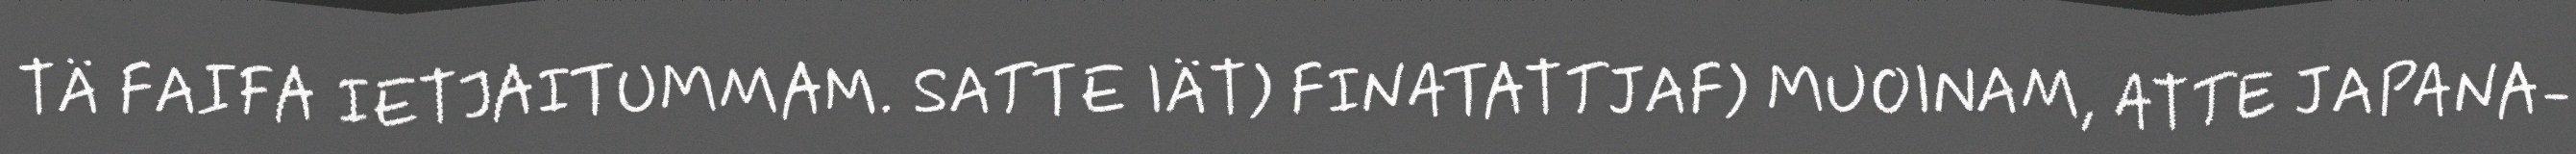
TÄ FAIFA IETJAITUMMAM. SATTE IÄT) FINATATTJAF) MUOINAM, ATTE JAPANA-